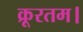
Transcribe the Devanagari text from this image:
क्रूरतम।